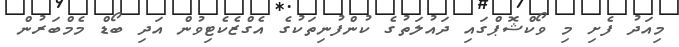
މިއަދު ފެށި މި ވޯކްޝޮޕްގައި ދައުލަތުގެ ކުންފުނިތަކުގެ އެގްޒެކެޓިވުން އަދި ބޯޑް މެމްބަރުން